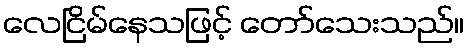
လေငြိမ်နေသဖြင့် တော်သေးသည်။